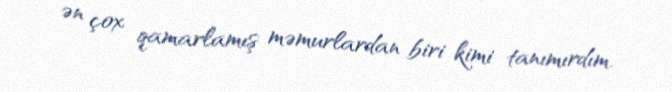
ən çox qamarlamış məmurlardan biri kimi tanımırdım.